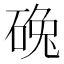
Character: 𱴒